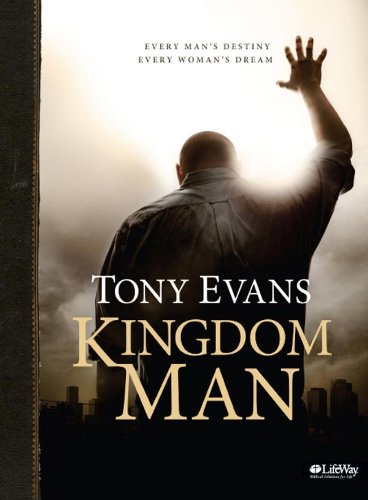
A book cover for Kingdom Man: Every Man's Destiny, Every Woman's Dream (Bible Study Book); Priscilla Shirer; Christian Books & Bibles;